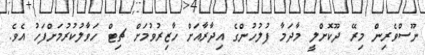
ނޫސްވެރިން މިރޭ ދޫކޮށްލީ މާދަމާ ފުލުހުންގެ އިދާރާއަށް ހާޒިރުވުމަށް ޗިޓް ހަވާލުކުރުމަށްފަހު އެވެ.